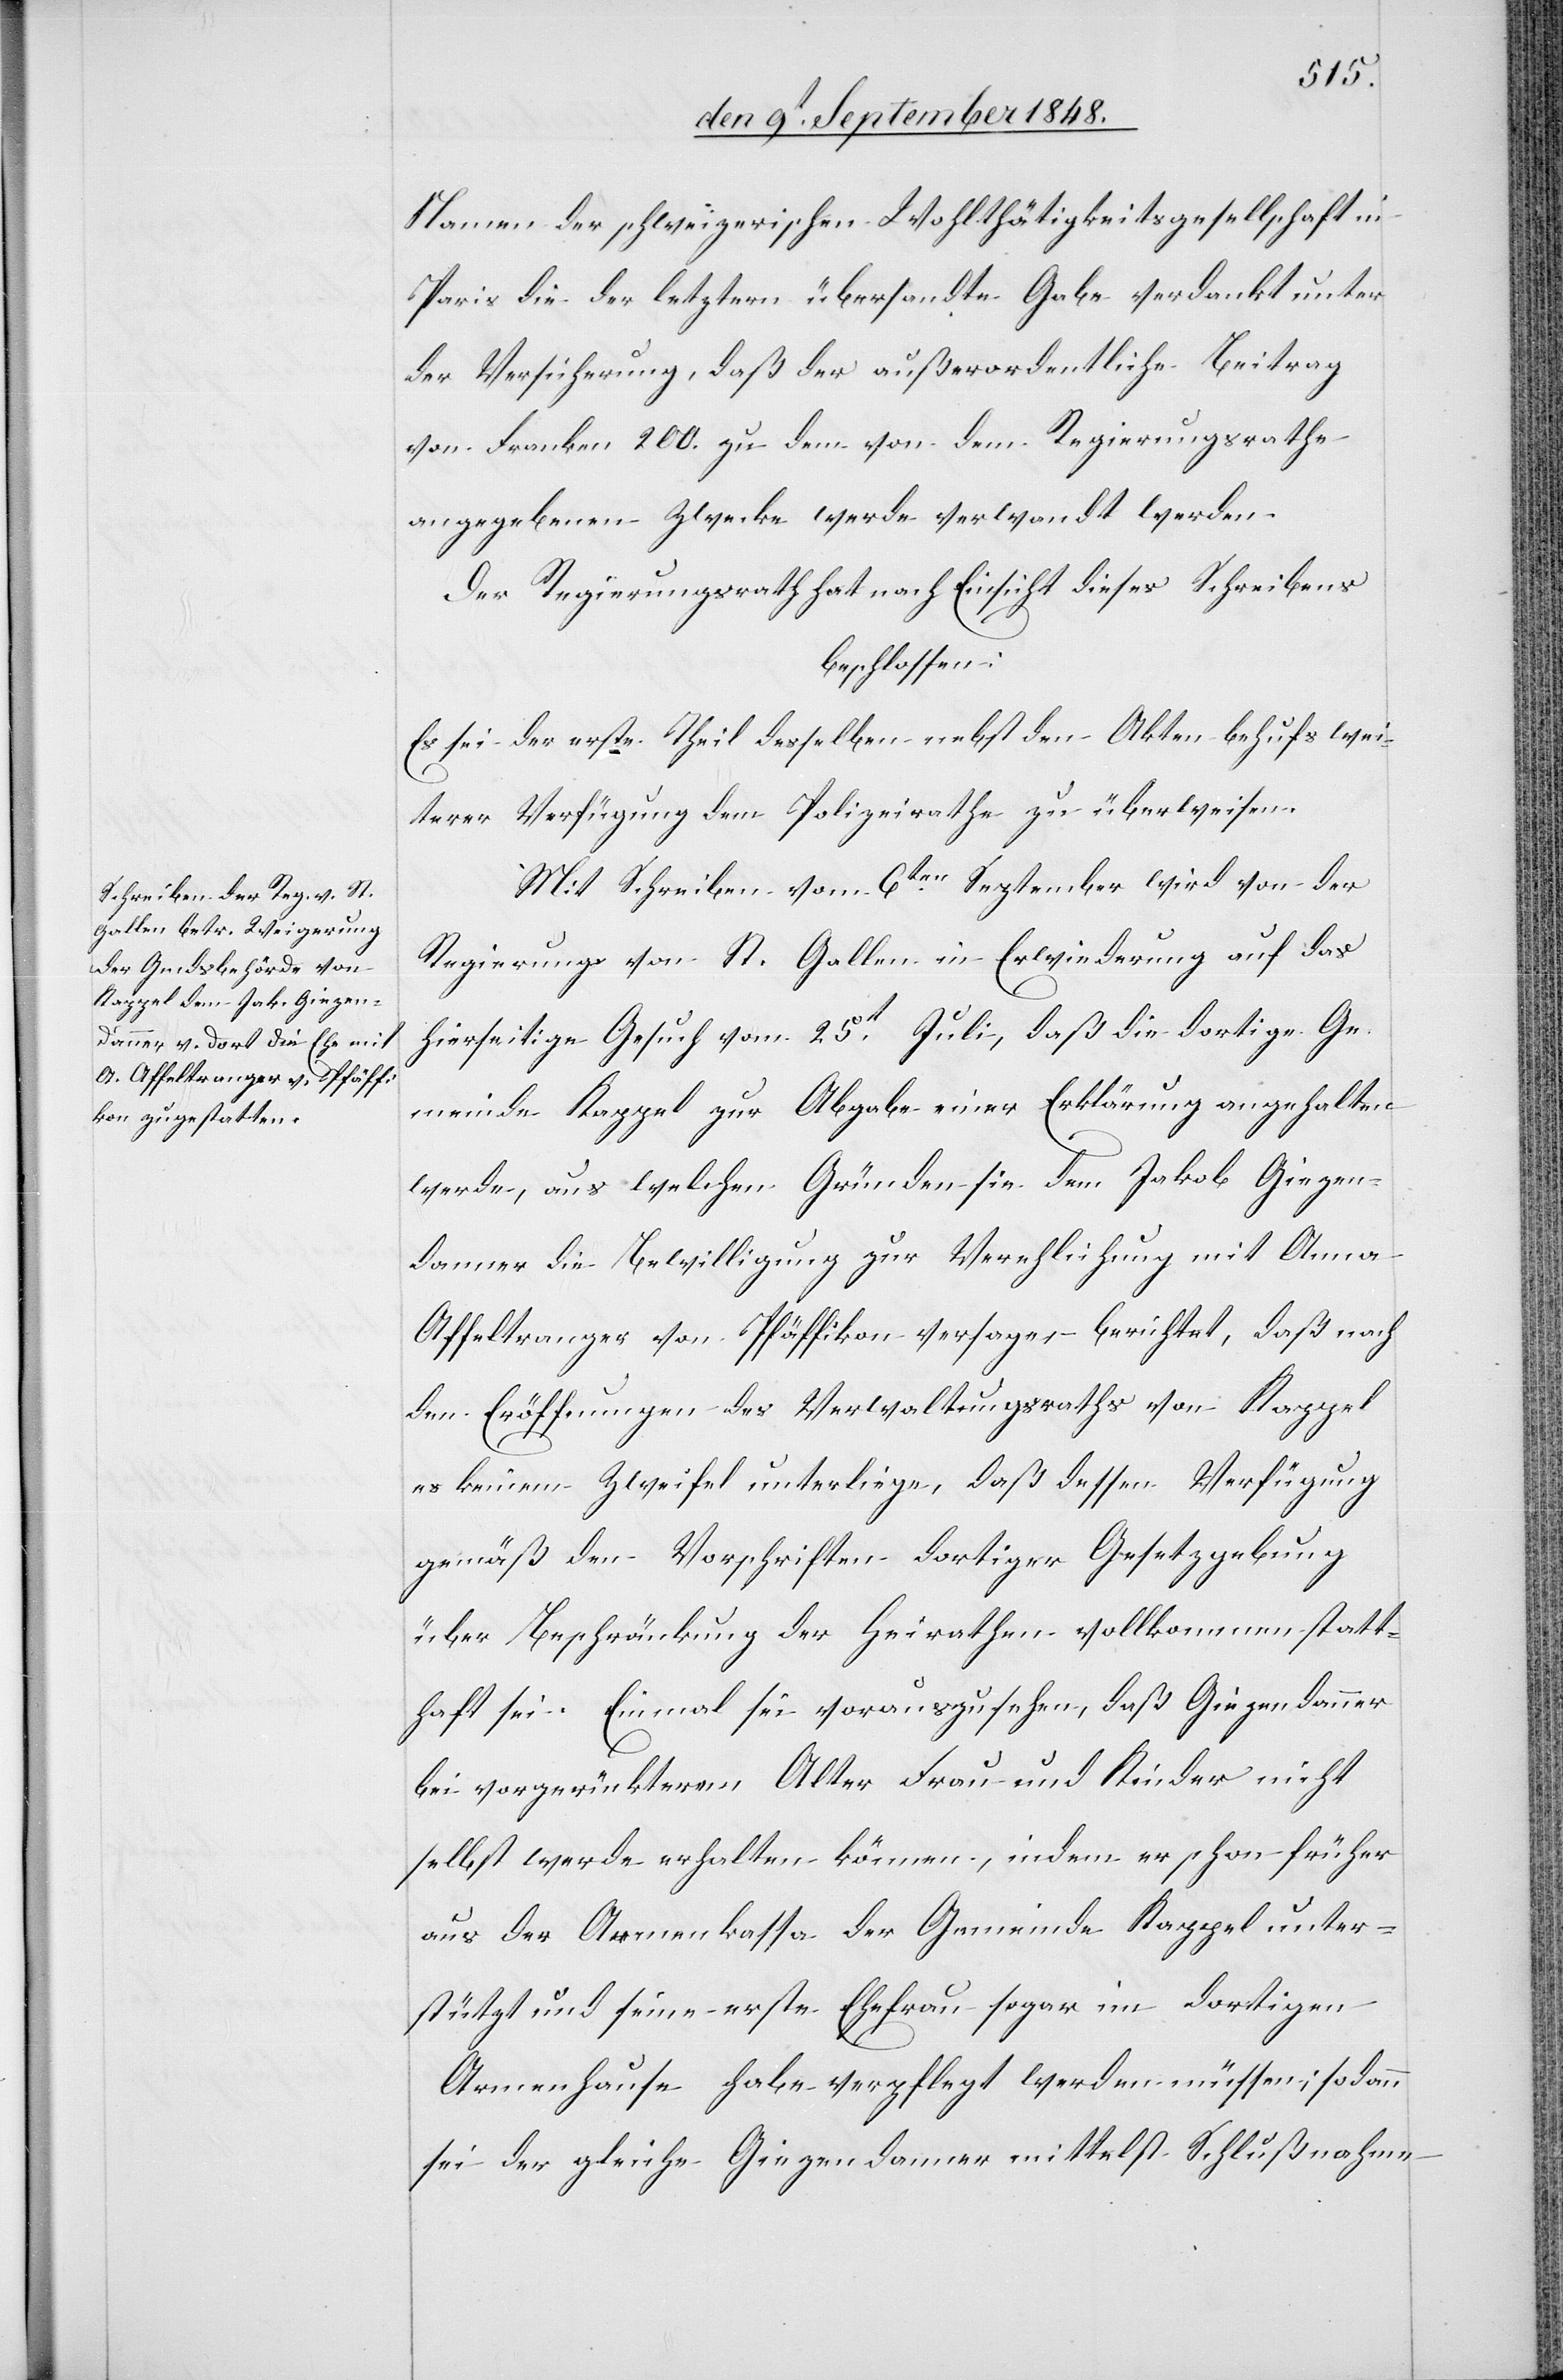
Namen der schweizerischen Wohlthätigkeitsgesellschaft in
Paris die der letztern übersandte Gabe verdankt unter
der Versicherung, daß der außerordentliche Beitrag
von Franken 200. zu dem von dem Regierungsrathe
angegebenen Zwecke werde verwandt werden.
Der Regierungsrath hat nach Einsicht dieses Schreibens
beschlossen:
Es sei der erste Theil desselben nebst den Akten behufs wei¬
terer Verfügung dem Polizeirathe zu überweisen.
Mit Schreiben vom 6ten September wird von der
Regierung von St. Gallen in Erwiederung auf das
hierseitige Gesuch vom 25t Juli, daß die dortige Ge¬
meinde Kappel zur Abgabe einer Erklärung angehalten
werde, aus welchen Gründen sie dem Jakob Giegen¬
danner die Bewilligung zur Verehlichung mit Anna
Affeltranger von Pfäffikon versage, – berichtet, daß nach
den Eröffnungen des Verwaltungsraths von Kappel
es keinem Zweifel unterliege, daß dessen Verfügung
gemäß den Vorschriften dortiger Gesetzgebung
über Beschränkung der Heirathen vollkommen statt¬
haft sei. Einmal sei vorauszusehen, daß Giegendanner
bei vorgerückterem Alter Frau und Kinder nicht
selbst werde erhalten können, indem er schon früher
aus der Armenkassa der Gemeinde Kappel unter¬
stützt und seine erste Ehefrau sogar im dortigen
Armenhause habe verpflegt werden müssen; sodann
sei der gleiche Giegendanner mittelst Schlußnahme